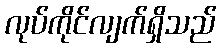
လုပ်ကိုင်လျက်ရှိသည်